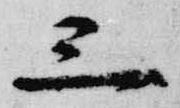
三